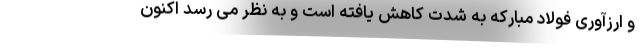
و ارزآوری فولاد مبارکه به شدت کاهش یافته است و به نظر می رسد اکنون